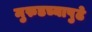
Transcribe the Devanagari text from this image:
मुरुडच्यापुढे